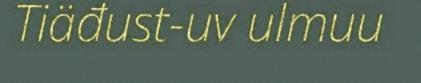
Tiäđust-uv ulmuu